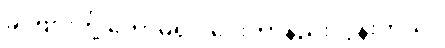
ခင်ဗျားတို့ ကော်မရှင် ပေးတာနည်းလွန်းတယ်။